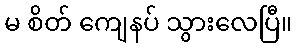
မ စိတ် ကျေနပ် သွားလေပြီ။